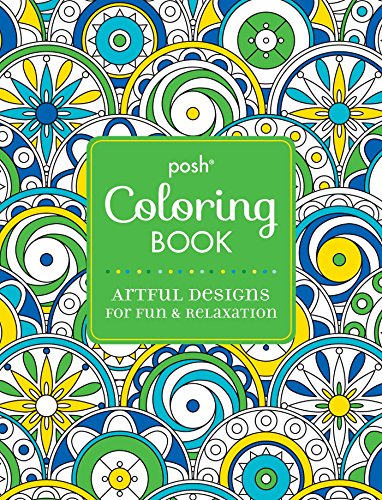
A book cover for Posh Adult Coloring Book: Artful Designs for Fun and Relaxation; Andrews McMeel Publishing LLC; Humor & Entertainment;